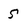
Character: 5